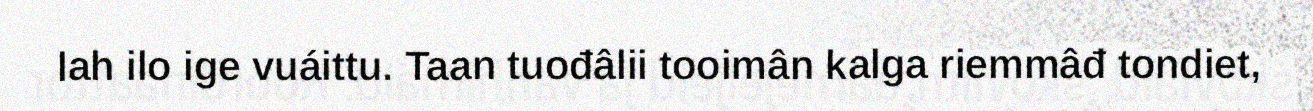
lah ilo ige vuáittu. Taan tuođâlii tooimân kalga riemmâđ tondiet,